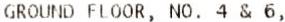
GROUND FLOOR, NO. 4 & 6,